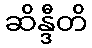
ဆိန္ဒီတိ